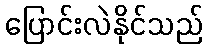
ပြောင်းလဲနိုင်သည်